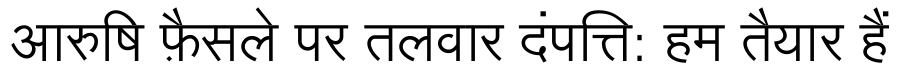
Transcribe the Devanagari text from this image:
आरुषि फ़ैसले पर तलवार दंपत्ति: हम तैयार हैं